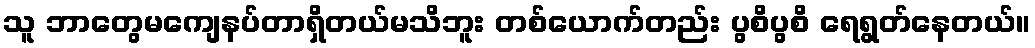
သူ ဘာတွေမကျေနပ်တာရှိတယ်မသိဘူး တစ်ယောက်တည်း ပွစိပွစိ ရေရွတ်နေတယ်။